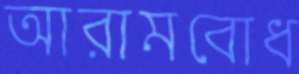
আরামবোধ